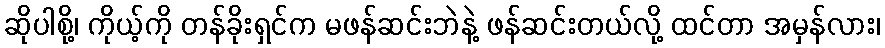
ဆိုပါစို့၊ ကိုယ့်ကို တန်ခိုးရှင်က မဖန်ဆင်းဘဲနဲ့ ဖန်ဆင်းတယ်လို့ ထင်တာ အမှန်လား၊